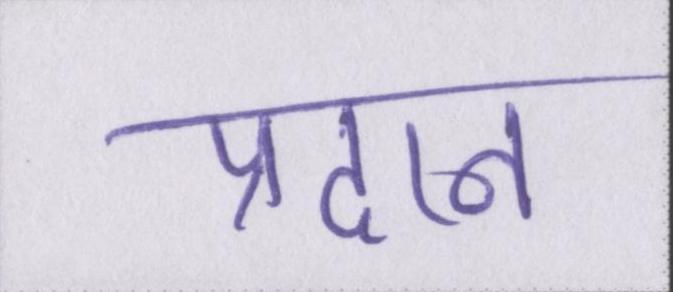
प्रदान